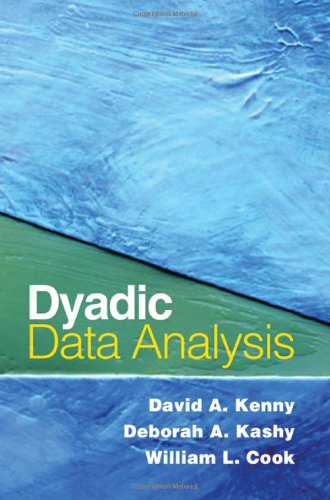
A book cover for Dyadic Data Analysis (Methodology in the Social Sciences); David A. Kenny PhD; Medical Books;